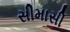
સીમાસી